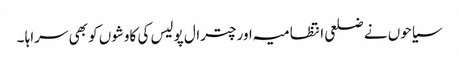
سیاحوں نے ضلعی انتظامیہ اور چترال پولیس کی کاوشوں کو بھی سراہا ۔